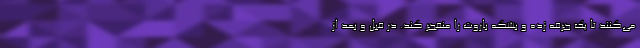
می‌کنند تا یک جرقه زده و بشکه باروت را منفجر کند. در قبل و بعد از